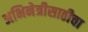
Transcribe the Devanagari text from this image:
अभिनेत्रीसाठीचा